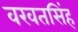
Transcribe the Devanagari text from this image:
वखतसिंह